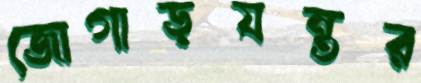
জোগাড়যন্তর